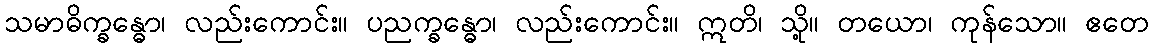
သမာဓိက္ခန္ဓော၊ လည်းကောင်း။ ပညက္ခန္ဓော၊ လည်းကောင်း။ ဣတိ၊ သို့။ တယော၊ ကုန်သော။ ဧတေ